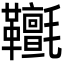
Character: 𩎄